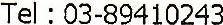
TEL : 03-89410243